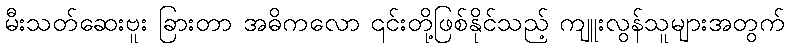
မီးသတ်ဆေးဗူး ခြားတာ အဓိကလော ၎င်းတို့ဖြစ်နိုင်သည့် ကျူးလွန်သူများအတွက်